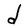
Character: d